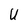
Character: U